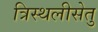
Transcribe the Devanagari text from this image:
त्रिस्थलीसेतु